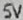
Text: 5V